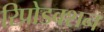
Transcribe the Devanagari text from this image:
रिप्रोडक्शन